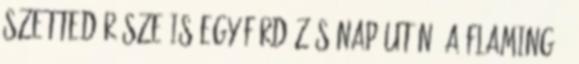
szetted része is egy fürdőzős nap után. A flamingó-